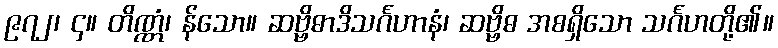
၉၇၂၊ ၄။ တိဏ္ဏံ၊ န်သော။ ဆဗ္ဗိဓာဒိသင်္ဂဟာနံ၊ ဆဗ္ဗိဓ အစရှိသော သင်္ဂဟတို့၏။